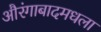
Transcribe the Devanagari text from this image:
औरंगाबादमधला